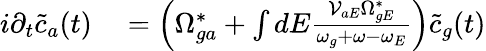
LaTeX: \begin{array}{rl}{i\partial_{t}\tilde{c}_{a}(t)}&{{}=\left(\Omega_{ga}^{*}+\int{dE\frac{\mathcal{V}_{aE}\Omega_{gE}^{*}}{\omega_{g}+\omega-\omega_{E}}}\right)\tilde{c}_{g}(t)}\end{array}